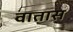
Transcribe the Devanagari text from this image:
वातास